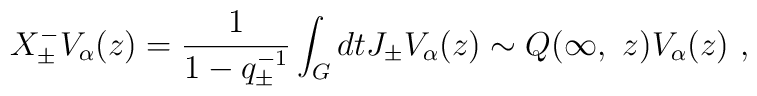
X^-_{\pm}V_\alpha(z)=\frac{1}{1-q^{-1}_\pm} \int_G dtJ_\pm V_\alpha(z) \sim  Q(\infty,~z) V_\alpha(z)~,